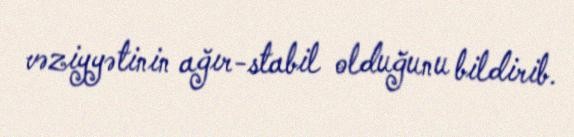
vəziyyətinin ağır-stabil olduğunu bildirib.